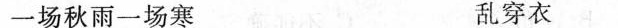
一场秋雨一场寒 乱穿衣